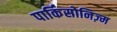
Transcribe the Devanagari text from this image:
पार्किंसोनिज़्म